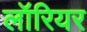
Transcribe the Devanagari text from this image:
लॉरियर